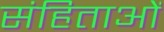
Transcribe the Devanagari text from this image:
संहिताआें